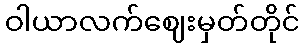
ဝါယာလက်ဈေးမှတ်တိုင်